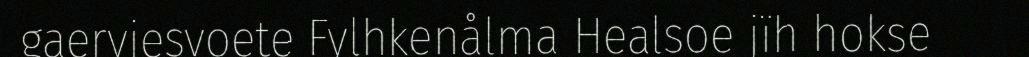
gaerviesvoete Fylhkenålma Healsoe jïh hokse